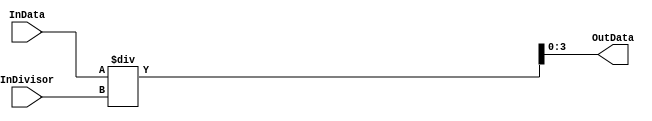
/*!>
* Divider module
*
*+ Input +* 
* 6bit InData 		- Data source
* 3bit InDivisor	- Divisor value ( Max - decimal 16 )
*
*
*+ Output +* 
*  OutData - Output Data
*
*
<!*/
module Divider_st(
input [7:0] InData,
input [3:0] InDivisor,
output reg[3:0] OutData

);

always @(InData)
	begin
		OutData = InData/InDivisor;		//50/10=5 , ""5""
	end
	
endmodule